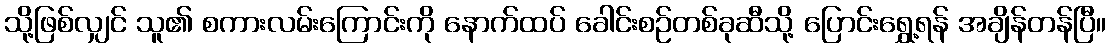
သို့ဖြစ်လျှင် သူ၏ စကားလမ်းကြောင်းကို နောက်ထပ် ခေါင်းစဉ်တစ်ခုဆီသို့ ပြောင်းရွှေ့ရန် အချိန်တန်ပြီ။